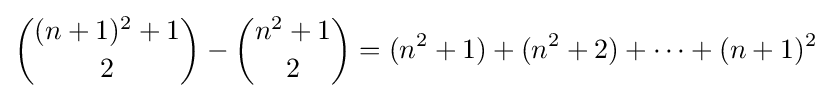
{\binom {(n+1)^{2}+1}{2}}-{\binom {n^{2}+1}{2}}=(n^{2}+1)+(n^{2}+2)+\cdots +(n+1)^{2}